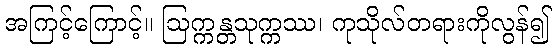
အကြင့်ကြောင့်။ ဩက္ကန္တသုက္ကဿ၊ ကုသိုလ်တရားကိုလွန်၍